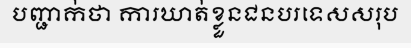
បញ្ជាក់ថា ការឃាត់ខ្លួនជនបរទេសសរុប